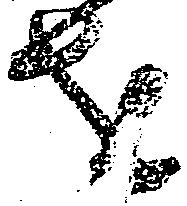
を